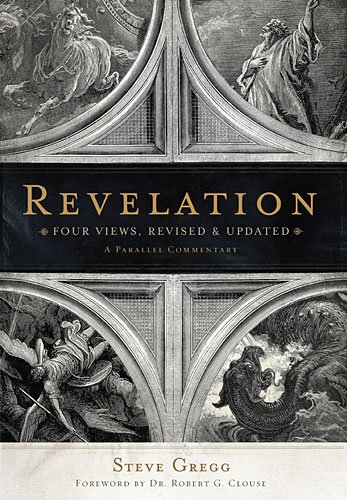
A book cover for Revelation: Four Views, A Parallel Commentary, Revised & Updated Edition; Christian Books & Bibles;